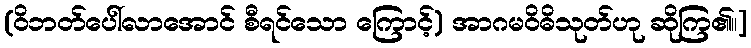
(ဝိဘတ်ပေါ်လာအောင် စီရင်သော ကြောင့်) အာဂမဝိဓိသုတ်ဟု ဆိုကြ၏။]